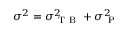
\sigma ^ { 2 } = \sigma _ { \mathrm { ~ T ~ B ~ } } ^ { 2 } + \sigma _ { \mathrm { ~ P ~ } } ^ { 2 }